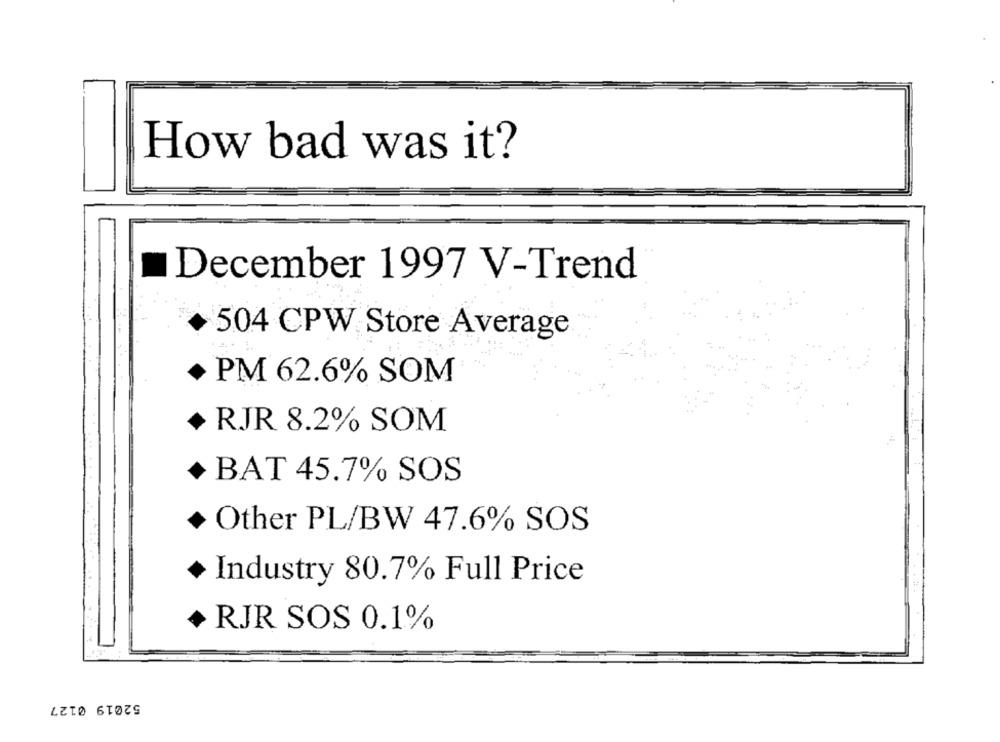
How bad was it?
December 1997 V-Trend
504 CPW Store Average
· PM 62.6% SOM
+ RJR 8.2% SOM
BAT 45.7% SOS
Other PL/BW 47.6% SOS
Industry 80.7% Full Price
RJR SOS 0.1%
52019 0127